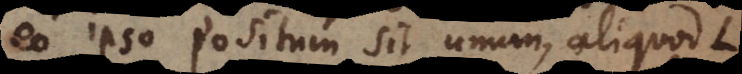
eo ipso positum sit unum, aliquod L